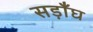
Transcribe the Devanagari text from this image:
सड़ाँघ